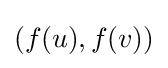
(f(u),f(v))